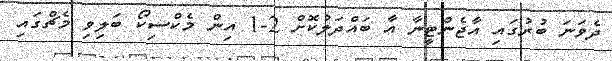
ދެވަނަ ބުރުގައި އާޖެންޓީނާ އާ ބައްދަލުކޮށް 2-1 އިން މެކްސިކޯ ބަލިވި މެޗްގައި